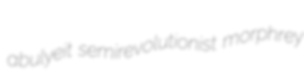
abulyeit semirevolutionist morphrey